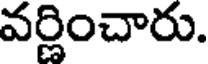
వర్ణించారు.